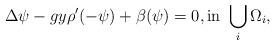
LaTeX: \begin{align*} \Delta \psi - gy \rho^\prime(-\psi) + \beta(\psi) & = 0, \textrm{in } \bigcup_i \Omega_i, \end{align*}